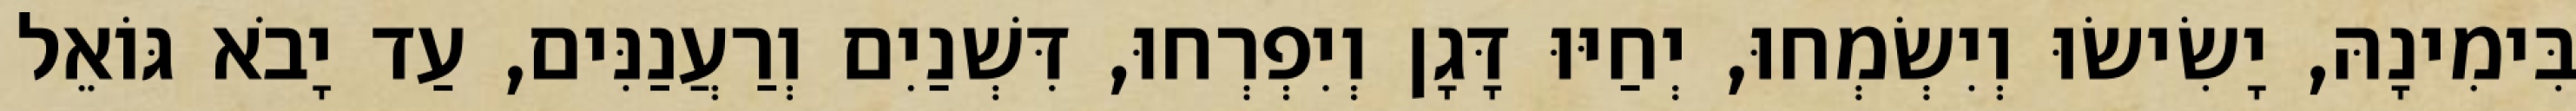
בִּימִינָהּ, יָשִׂישׂוּ וְיִשְׂמְחוּ, יְחַיּוּ דָּגָן וְיִפְרְחוּ, דִּשְׁנַיִם וְרַעֲנַנִּים, עַד יָבֹא גּוֹאֵל